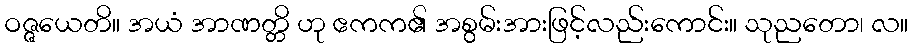
ဝဇ္ဇယေတိ။ အယံ အာဏတ္တိ ဟု ဧကက၏ အစွမ်းအားဖြင့်လည်းကောင်း။ သုညတော၊ လ။